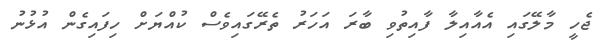
ޖެހީ މާލޭގައި އެއާއިލާ ފާއިތުވި ބާރަ އަހަރު ތެރޭގައިވެސް ކުއްޔަށް ހިފައިގެން އުޅުނު